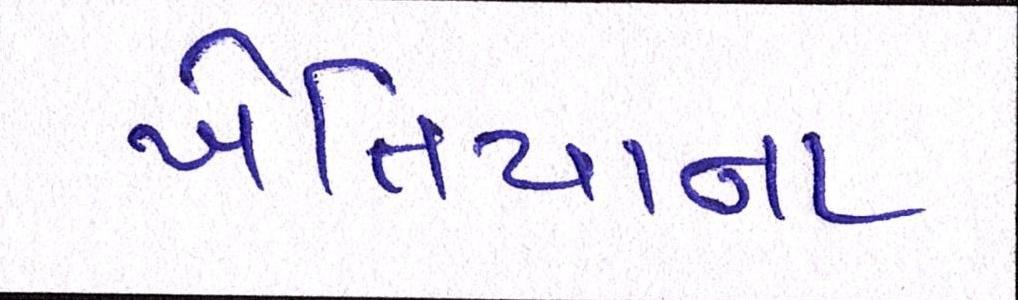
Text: ખેતિયાના